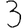
Digit: 3